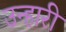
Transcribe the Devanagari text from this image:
उन्हारी